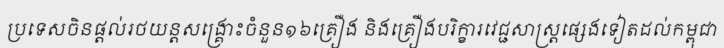
ប្រទេសចិនផ្តល់រថយន្តសង្គ្រោះចំនួន១៦គ្រឿង និងគ្រឿងបរិក្ខារវេជ្ជសាស្ត្រផ្សេងទៀតដល់កម្ពុជា